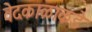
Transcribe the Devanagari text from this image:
वेदकाळाकडे